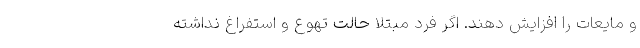
و مایعات را افزایش دهند. اگر فرد مبتلا حالت تهوع و استفراغ نداشته